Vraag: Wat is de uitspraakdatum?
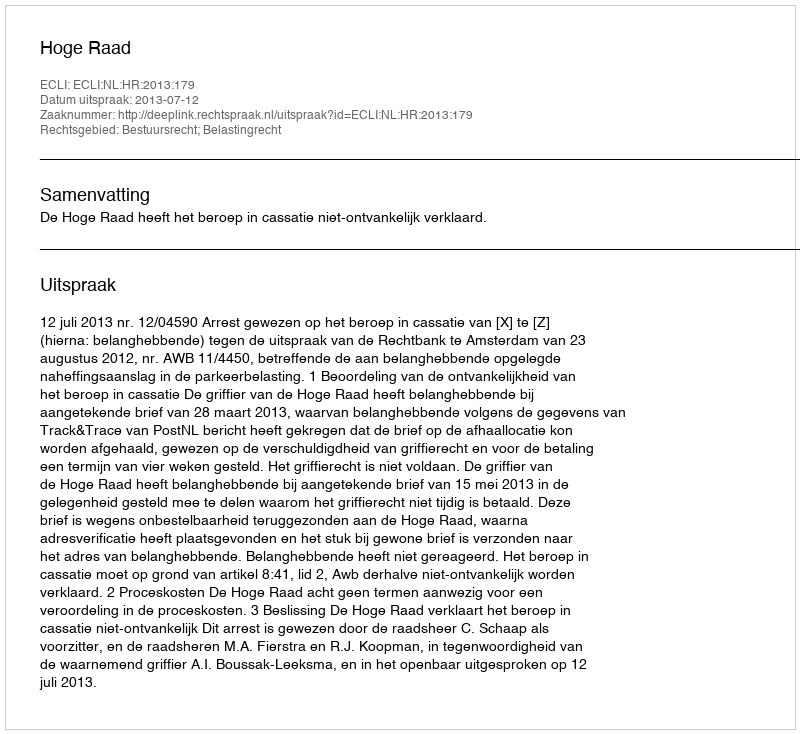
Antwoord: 2013-07-12